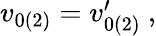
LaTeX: \begin{array}{r}{v_{0(2)}=v_{0(2)}^{\prime}~,}\end{array}